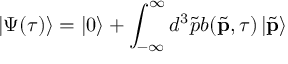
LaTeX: \left| \Psi ( \tau ) \right\rangle = \left| 0 \right\rangle + \int _ { - \infty } ^ { \infty } d ^ { 3 } \tilde { p } b ( \tilde { \mathbf { p } } , \tau ) \left| \tilde { \mathbf { p } } \right\rangle